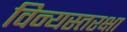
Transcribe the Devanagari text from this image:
विन्यस्तरक्षा